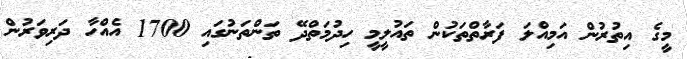
މީގެ އިތުރުން އަމިއްލަ ފަރާތްތަކުން ތައުލީމީ ހިދުމަތްދޭ ތަންތަނުގައި 1700 އެއްހާ ދަރިވަރުން